system: You are a helpful assistant.
user:
Analyze the provided spectrum to determine if it is a **M-type Giant (gM)**.

A M-type Giant spectrum is defined by its **strong molecular absorption** features, particularly from **Titanium Oxide (TiO)**. You must check for one of the following mutually exclusive signatures:

- **Key Visual Indicators (Absorption-Dominated Spectrum):**

    - **(Primary):** The spectrum is dominated by strong molecular absorption from **Titanium Oxide (TiO)**. This is the **defining feature** of its M-type temperature class.
        - **(Key Bandheads):** Look for sharp, "saw-tooth" absorption valleys. The strongest are located near **~7050 Å**, **~6160 Å**, and **~5170 Å**.
        - **(Line Profile):** The "saw-tooth" morphology is critical: a **sharp, steep drop on the BLUE (short-wavelength) side** of the bandhead, followed by a gradual recovery (rising flux) towards the RED (long-wavelength) side.

    - **(Key Confirmation - Giant vs. Dwarf):** **ABSENCE** of strong **Calcium Hydride (CaH)** molecular bands. This is the primary diagnostic for *excluding* M-dwarfs.
        - **(Key Region):** The spectrum should lack the strong, broad absorption band seen in dwarfs between **~6800 Å and ~7000 Å**.

    - **(Secondary Confirmation - Giant):** A very strong and broad **Neutral Calcium (Ca I)** atomic absorption line.
        - **(Key Line):** Located at **~4226 Å**. In a giant (gM), this line is significantly deeper and broader than the same line in an M-dwarf (dM) due to low surface gravity.

    - **(Overall Spectrum):**
        - The continuum is **extremely red-sloping** (i.e., flux is very low in the blue and rises dramatically towards the red).
        - The entire spectrum appears "chopped up" by the deep TiO bands.

Think first, call **spectral_visualization_tool** if needed to examine features in detail, then provide your final answer. Your response must adhere to the following strict rules:
1.  **Overall Structure:** Your response must follow the format `<think>...</think> <tool_call>...</tool_call> (if a tool is used) <answer>...</answer>`.
2.  **Tool Usage Constraint:** You may only make **one** tool call per turn.
3.  **Final Answer Format:** In the `<answer>` tag, your conclusion must be inside a `\boxed{}` command (e.g., `\boxed{YES}` or `\boxed{NO}`), followed by your justification.

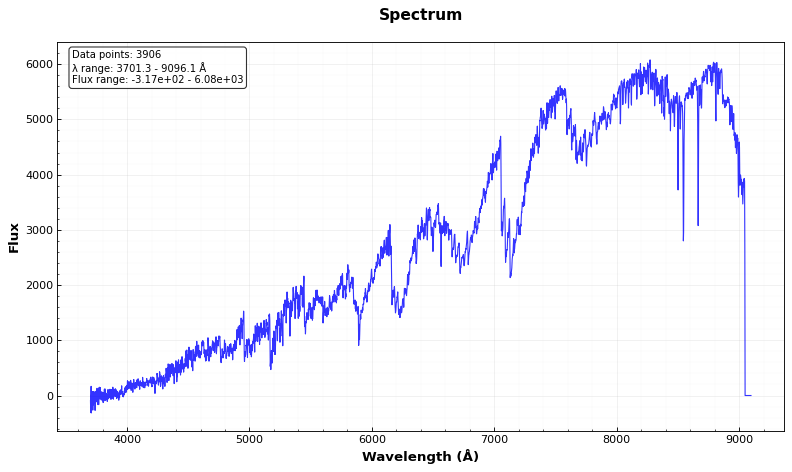
Answer: YES